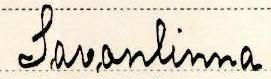
Savonlinna